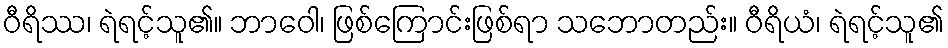
ဝီရိဿ၊ ရဲရင့်သူ၏။ ဘာဝေါ၊ ဖြစ်ကြောင်းဖြစ်ရာ သဘောတည်း။ ဝီရိယံ၊ ရဲရင့်သူ၏